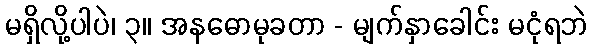
မရှိလို့ပါပဲ၊ ၃။ အနဓောမုခတာ - မျက်နှာခေါင်း မငုံရဘဲ